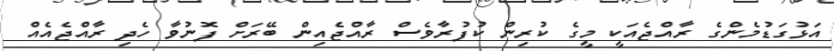
އަޅުގަޑުމެންގެ ރާއްޖެއަކީ މީގެ ކުރިން ކުފުރާވެސް ރާއްޖެއިން ބޭރަށް ފޮނުވާ ހެދި ރާއްޖެއެއް